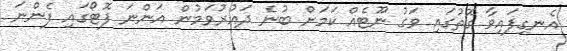
އެނގިފައިވާ ގޮތުގައި ވަގު ނޫޓެއް ކަމަށް ބުނެ ދައުރުވަމުން އަންނަ ފޮޓޯގައި ފެންނަ